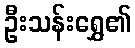
ဦးသန်းရွှေ၏